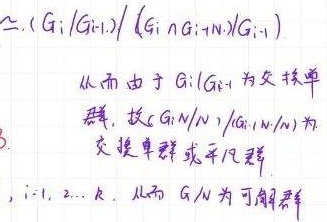
从而由于 \(G_{i}/G_{i + 1}\) 为交换单群，故 \((G_{i}\cap N_{i+1}/G_{i + 1})/(G_{i + 1}\cap N_{i+1}/G_{i + 1})\) 为交换单群或平凡群，\(i = 1,2,\cdots,k\)，进而 \(G/N\) 为可解群。
\(\cong(G_{i}/G_{i + 1})/(G_{i}\cap N_{i+1}/G_{i + 1})\)